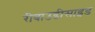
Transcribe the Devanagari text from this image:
रीबाउडीसाइड